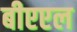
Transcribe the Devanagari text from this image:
बीएएल